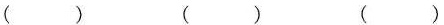
() () ()